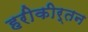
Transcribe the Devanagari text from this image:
हरीकीर्तन